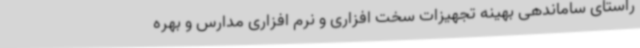
راستای ساماندهی بهینه تجهیزات سخت افزاری و نرم افزاری مدارس و بهره